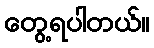
တွေ့ရပါတယ်။